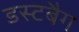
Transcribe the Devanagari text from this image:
डस्टबैग